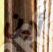
أين